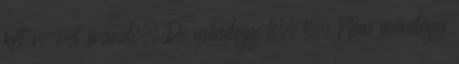
ket r-rel irando. De mindegy is. 5. Nem mindegy